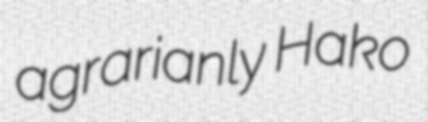
agrarianly Hako